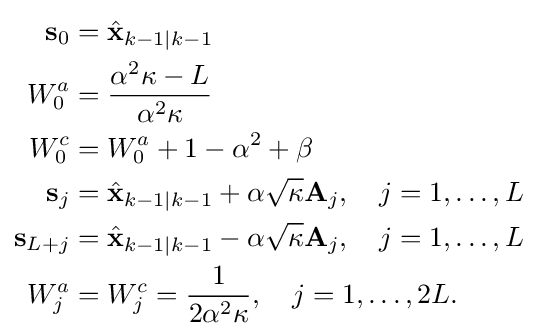
{\begin{aligned}\mathbf {s} _{0}&={\hat {\mathbf {x} }}_{k-1\mid k-1}\\W_{0}^{a}&={\frac {\alpha ^{2}\kappa -L}{\alpha ^{2}\kappa }}\\W_{0}^{c}&=W_{0}^{a}+1-\alpha ^{2}+\beta \\\mathbf {s} _{j}&={\hat {\mathbf {x} }}_{k-1\mid k-1}+\alpha {\sqrt {\kappa }}\mathbf {A} _{j},\quad j=1,\dots ,L\\\mathbf {s} _{L+j}&={\hat {\mathbf {x} }}_{k-1\mid k-1}-\alpha {\sqrt {\kappa }}\mathbf {A} _{j},\quad j=1,\dots ,L\\W_{j}^{a}&=W_{j}^{c}={\frac {1}{2\alpha ^{2}\kappa }},\quad j=1,\dots ,2L.\end{aligned}}